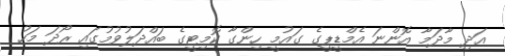
އަދި މާދަމާ އޮންނަ އެމްޑީޕީގެ ގައުމީ ހިންގާ ކޮމިޓީގެ ބައްދަލުވުމުގައި ރޯދަ މަހު